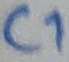
Text: C1